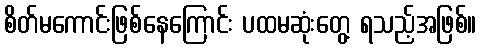
စိတ်မကောင်းဖြစ်နေကြောင်း ပထမဆုံးတွေ့ ရသည့်အဖြစ်။